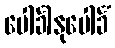
ပေါင်္ခါနုပေါင်္ခံ